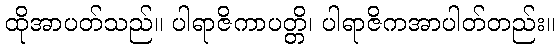
ထိုအာပတ်သည်။ ပါရာဇိကာပတ္တိ၊ ပါရာဇိကအာပါတ်တည်း။